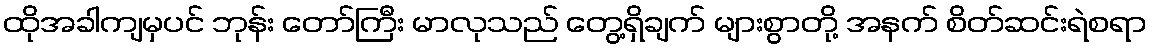
ထိုအခါကျမှပင် ဘုန်း တော်ကြီး မာလုသည် တွေ့ရှိချက် များစွာတို့ အနက် စိတ်ဆင်းရဲစရာ